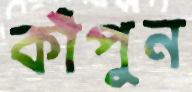
কাঁপুন